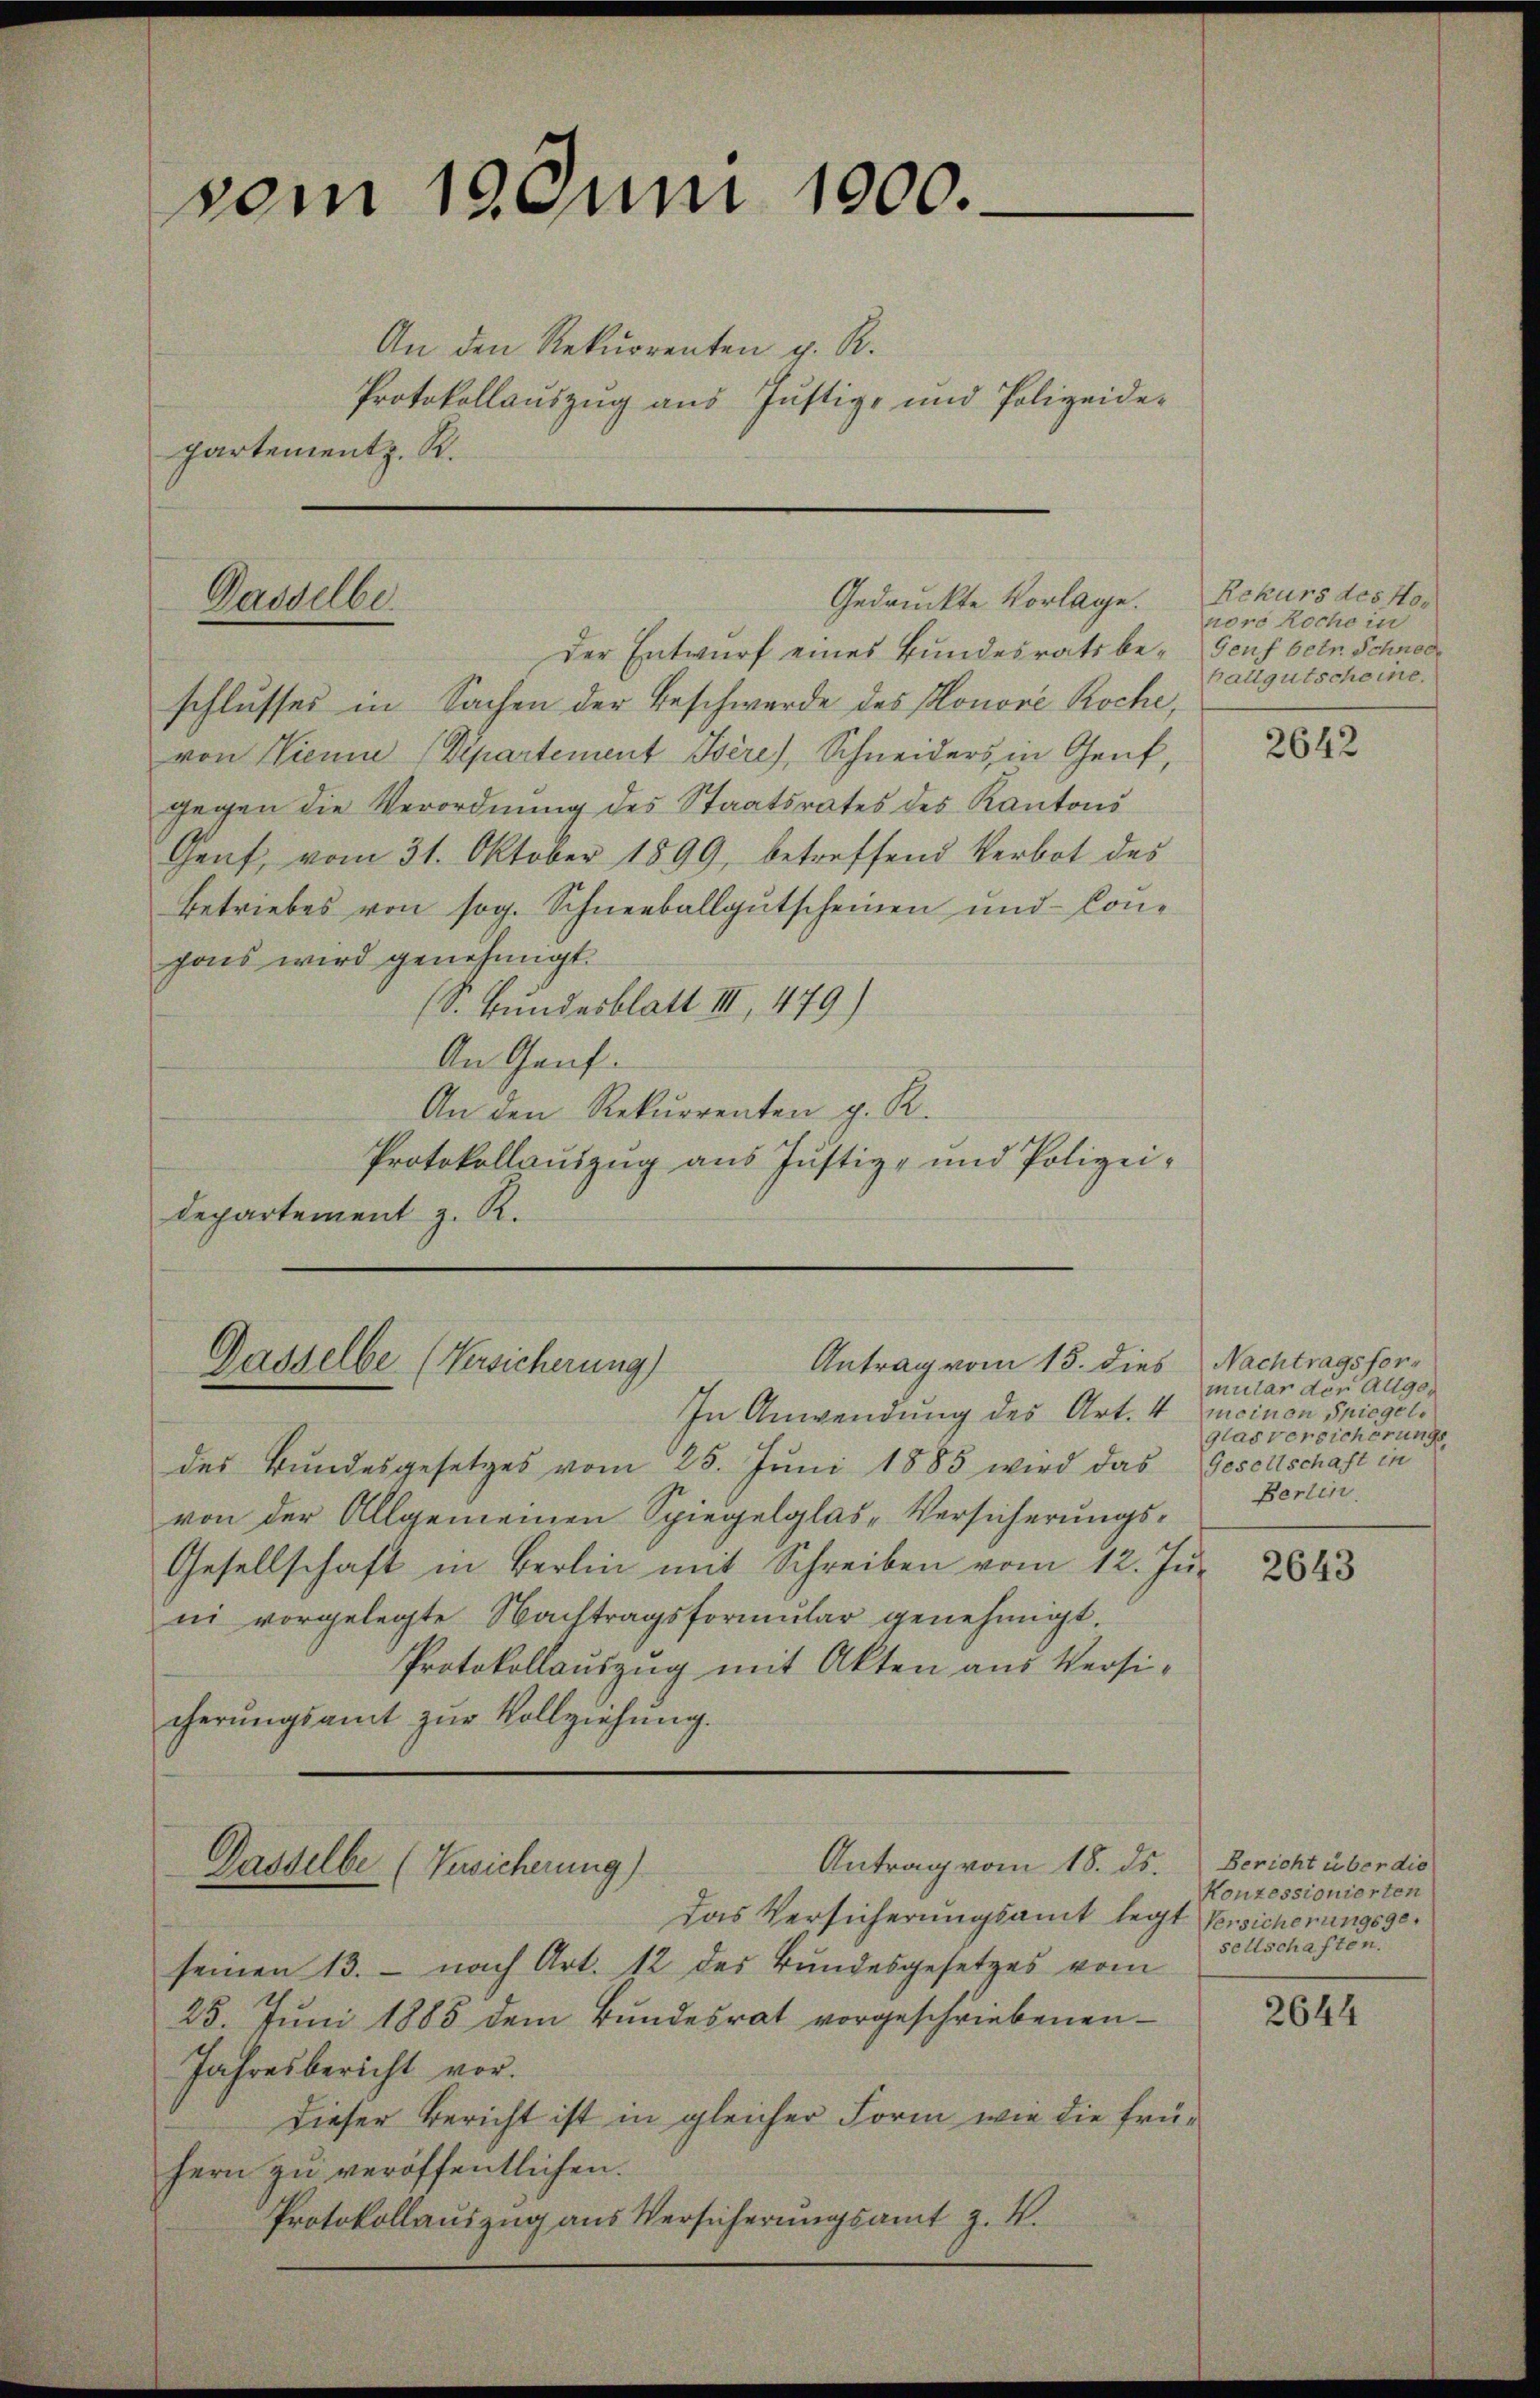
vom 19. Juni 1000.

An den Rekurrenten z. R.
Protokollauszug aus Justiz- und Polizeide¬
Partement z. R.

Dasselbe

Der Entwurf eines Bundesrats beschlusses in Sachen der Beschwerde des Honore Roche,
von Nienne (Departement Isére), Schneiders in Genf,
gegen die Verordnung des Staatsrates des Kantons
Genf, vom 31. Oktober 1899, betreffend Verbot des
Betriebes von sog. Schneeballgutscheinen und Conhos wird genehmigt.
(S. Bundesblatt III 479)
An Genf.
An den Rekurrenten z. R.
Protokollauszug aus Justiz- und Polizei¬
Departement z. R.

Gedruckte Vorlage.

Antrag vom 15. dies
Dasselbe (Versicherung)

In Anwendung des Art. 4 meinen Spiegel.
des Bundesgesetzes vom 25. Juni 1885 wird das Gesellschaft in
von der Allgemeinen Spiegelglas-Versicherungs¬
Gesellschaft in Berlin mit Schreiben vom 12. Ju-
ni vorgelegte Nachtragsformŭlar genehmigt.
Protokollauszug mit Akten aus Versicherungsamt zur Vollziehung.

Antrag vom 18. ds.
Dasselbe (Versicherung)

Das Versicherungsamt legt Versicherungsgeseinen 13. — nach Art. 12 des Bundesgesetzes vom
25. Juni 1885 dem Bundesrat vorgeschriebenen
Jahresbericht vor.
dieser Bericht ist in gleicher Form wie die frühern zu veröffentlichen.
Protokollauszug aus Versicherungsamt z. B.

Rekurs des Honoro koche in
Genf betr. Schnöde
hallgutscheine.

2642

Nachtragsformular der Allgeglas versicherungs
Berlin.

2643

Bericht über die
Konzessionierten
sellschaften.

2644